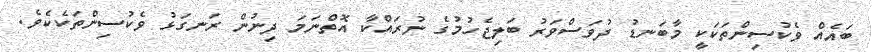
ބައެއް ވެކުސިންތަކަކީ މާބަނޑު ދުވަސްވަރު ބަލިޖެހުމުގެ ނުރައްކާ އޮތްނަމަ ދިނުން ރަނގަޅު ވެކުސިންތަކެކެވެ.